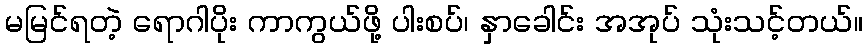
မမြင်ရတဲ့ ရောဂါပိုး ကာကွယ်ဖို့ ပါးစပ်၊ နှာခေါင်း အအုပ် သုံးသင့်တယ်။